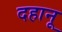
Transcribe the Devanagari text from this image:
दहानू